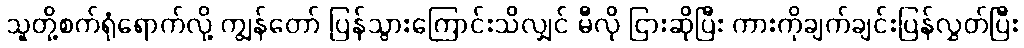
သူတို့စက်ရုံရောက်လို့ ကျွန်တော် ပြန်သွားကြောင်းသိလျှင် မီလို ငြားဆိုပြီး ကားကိုချက်ချင်းပြန်လွှတ်ပြီး